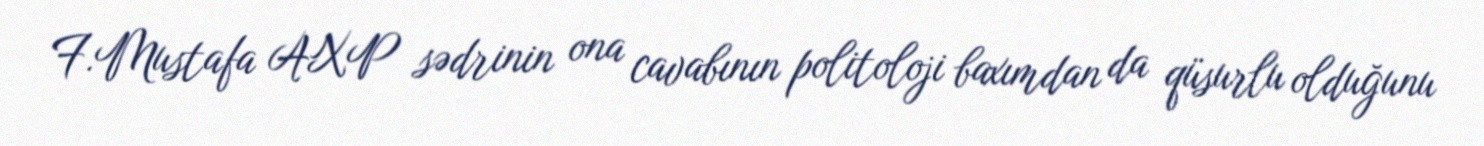
F.Mustafa AXP sədrinin ona cavabının politoloji baxımdan da qüsurlu olduğunu